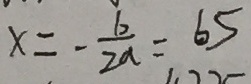
x = - \frac { b } { 2 a } = 6 5